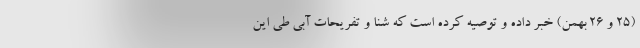
(۲۵ و ۲۶ بهمن) خبر داده و توصیه کرده است که شنا و تفریحات آبی طی این